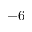
- 6